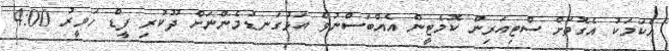
އެކަމަކު އެގޮތަށް ސްޓިއަރިން ކޮމެޓީން އެއްބަސްނުވެ އަޅުގަނޑުމެންނަށް ދޫކުރި ފީޑް ހަވީރު 4:00